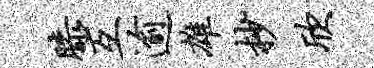
膝互逾雄杪欣